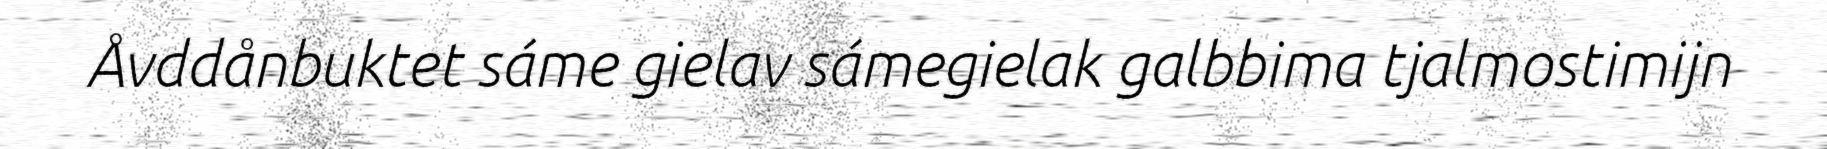
Åvddånbuktet sáme gielav sámegielak galbbima tjalmostimijn